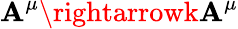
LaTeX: \mathbf{A}^{\mu}\rightarrowk\mathbf{A}^{\mu}